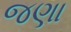
જણા